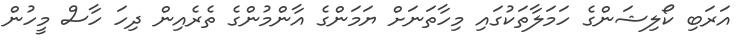
އަރަބި ކޯލިޝަންގެ ހަމަލާތަކުގައި މިހާތަނަށް ޔަމަންގެ އާންމުންގެ ތެރެއިން ދިހަ ހާސް މީހުން